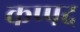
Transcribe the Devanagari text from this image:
कप्पद